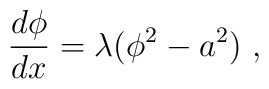
\frac{d\phi}{dx}=\lambda(\phi^2-a^2)~,